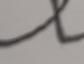
Signature authenticity: forged